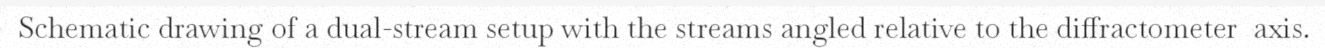
Schematic drawing of a dual-stream setup with the streams angled relative to the diffractometer  axis.